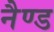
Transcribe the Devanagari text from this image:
नैण्ड